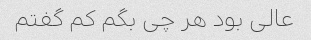
عالی بود هر چی بگم کم گفتم